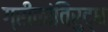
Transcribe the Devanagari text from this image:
ग्रीकांविरुद्ध